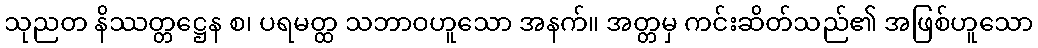
သုညတ နိဿတ္တဋ္ဌေန စ၊ ပရမတ္ထ သဘာဝဟူသော အနက်။ အတ္တမှ ကင်းဆိတ်သည်၏ အဖြစ်ဟူသော